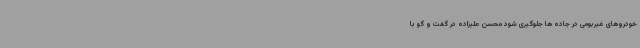
خودروهای غیربومی در جاده ها جلوگیری شود محسن علیزاده در گفت و گو با